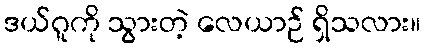
ဒယ်ဂူကို သွားတဲ့ လေယာဉ် ရှိသလား။